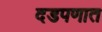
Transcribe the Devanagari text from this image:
दडपणात